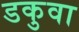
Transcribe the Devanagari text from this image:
डकुवा